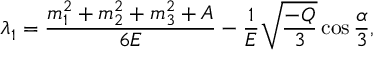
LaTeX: \lambda _ { 1 } = \frac { m _ { 1 } ^ { 2 } + m _ { 2 } ^ { 2 } + m _ { 3 } ^ { 2 } + A } { 6 E } - \frac 1 E \sqrt { \frac { - Q } 3 } \cos \frac \alpha 3 ,